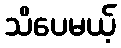
သိပေမယ့်